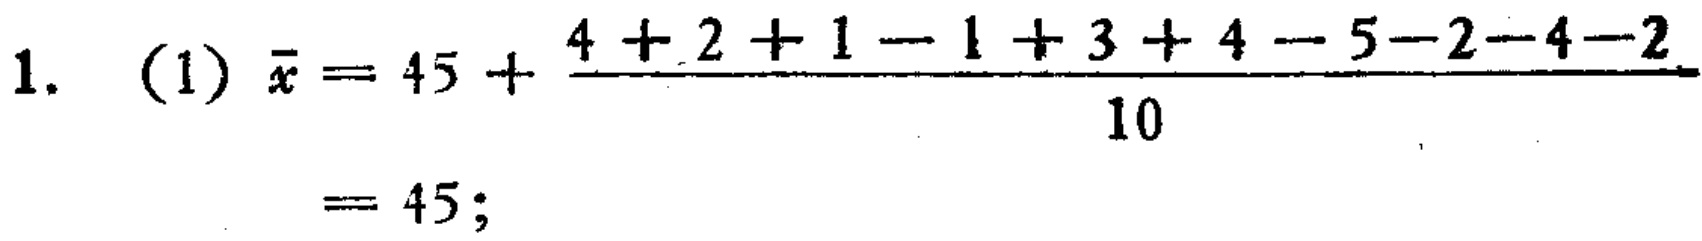
1. (1) \(\bar{x}=45+\frac{4 + 2+1 - 1+3 + 4-5 - 2-4 - 2}{10}=45;\)